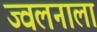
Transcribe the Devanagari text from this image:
ज्वलनाला